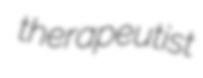
therapeutist